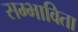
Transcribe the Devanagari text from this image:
सम्भाविता